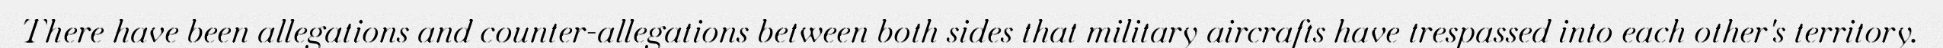
There have been allegations and counter-allegations between both sides that military aircrafts have trespassed into each other's territory.